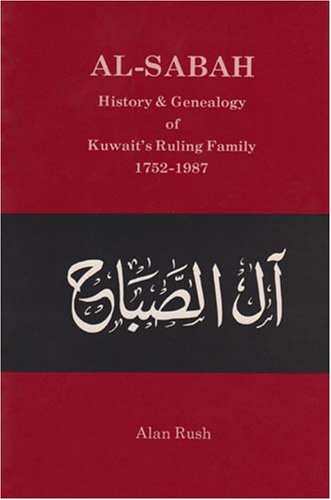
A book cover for Al-Sabah: History and Genealogy of Kuwait's Ruling Family, 1752-1986 (Middle East Cultures); Alan Rush; History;